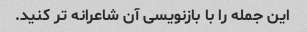
این جمله را با بازنویسی آن شاعرانه تر کنید.